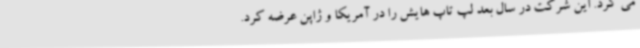
می کرد. این شرکت در سال بعد لپ تاپ هایش را در آمریکا و ژاپن عرضه کرد.